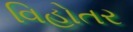
વિહોતર